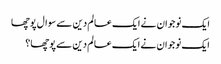
ایک نوجوان نے ایک عالم دین سے سوال پوچھا
ایک نوجوان نے ایک عالم دین سے پوچھا؟